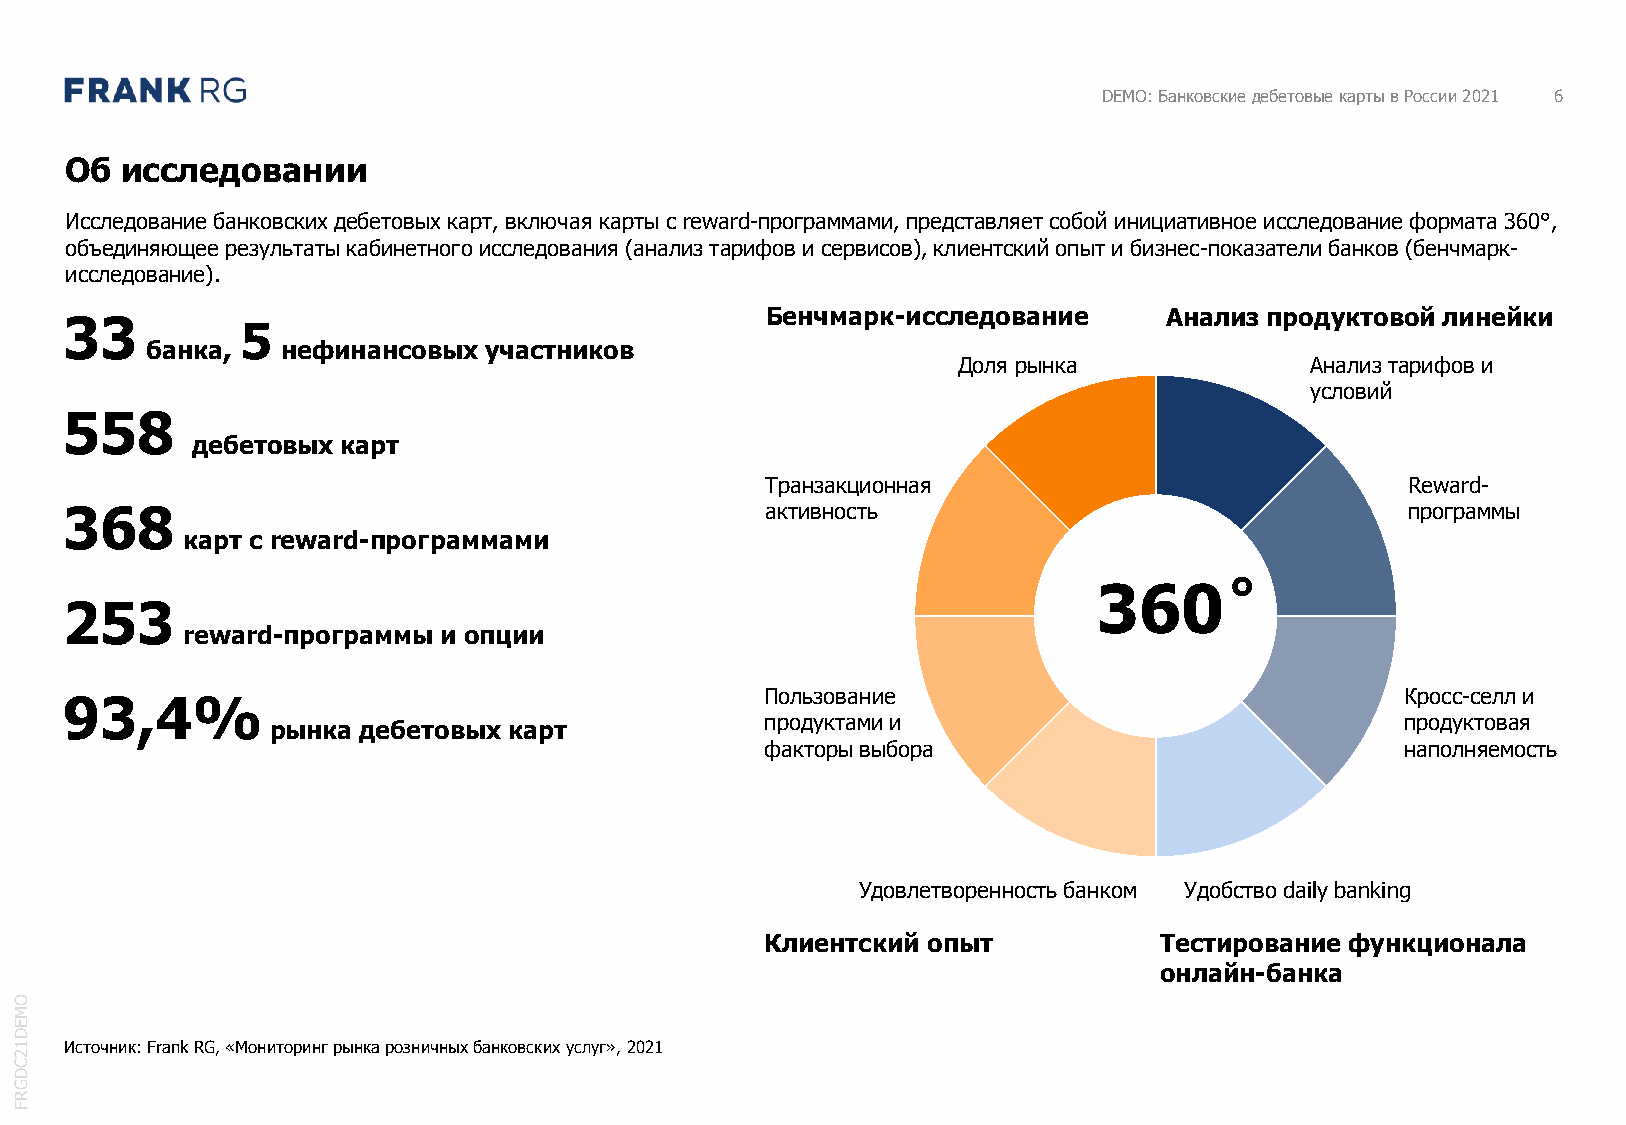
DEMO: Банковские дебетовые карты в России 2021 6
 Об  исследовании
 Исследование банковских дебетовых карт, включая карты с reward-программами, представляет собой инициативное исследование формата 360°,
 объединяющее результаты кабинетного исследования (анализ тарифов и сервисов), клиентский опыт и бизнес-показатели банков (бенчмарк-
 исследование).
 Бенчмарк-исследование     Анализ продуктовой линейки
 33
 5
 банка,   нефинансовых участников
 Доля рынка              Анализ тарифов и
 условий
 558
 дебетовых карт
 Транзакционная                            Reward-
 368                                            активность                                программы
 карт с reward-программами
 360˚
 253
 reward-программы и опции
 93,4%                                          Пользование                               Кросс-селл и
 продуктами и                              продуктовая
 рынка дебетовых карт
 факторы выбора                            наполняемость
 Удовлетворенность банком Удобство daily banking
 Клиентский опыт           Тестирование функционала
 онлайн-банка
 O
 M
 E
 D
 1  Источник: FrankRG, «Мониторинг рынка розничных банковских услуг», 2021
 2
 C
 D
 G
 R
 F